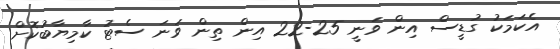
އެކަމަކު ގުޑީސް އިން ވަނީ 25-22 އިން ތިން ވަނަ ސެޓު ކާމިޔާބުކޮށް